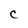
Character: C